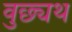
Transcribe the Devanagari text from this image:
वुछ्यथ